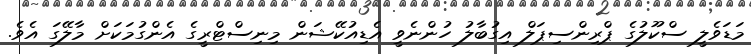
މަޑަވެލީ ސްކޫލުގެ ޕްރިންސިޕަލް އިގުބާލު ހުންނެވީ އެޑިއުކޭޝަން މިނިސްޓްރީގެ އެންގުމަކަށް މާލޭގަ އެވެ.